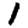
Digit: 1